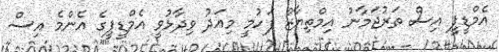
އެމްޑީޕީ އިސް ތަރުޖަމާނު އިމްތިޔާޒް ފަހުމީ މިއަދު ވިދާޅުވީ އެމްޑީޕީގެ އެންމެ އިސް